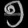
Digit: ၅